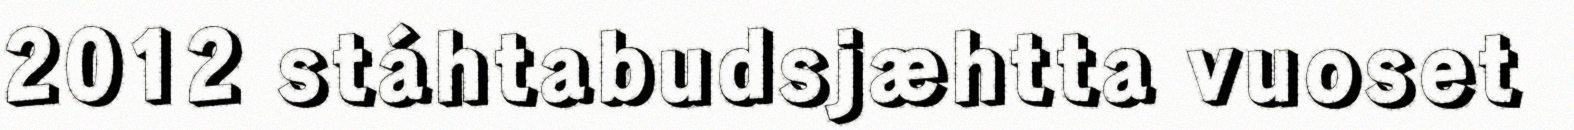
2012 stáhtabudsjæhtta vuoset